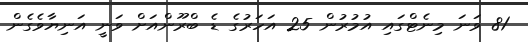
81 ވަނަ މިނެޓްގައި އުމުރުން 25 އަހަރުގެ ޑެ ބްރޫންއަށް ވަނީ އަނިޔާވެގެން